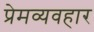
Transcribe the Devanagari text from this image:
प्रेमव्यवहार